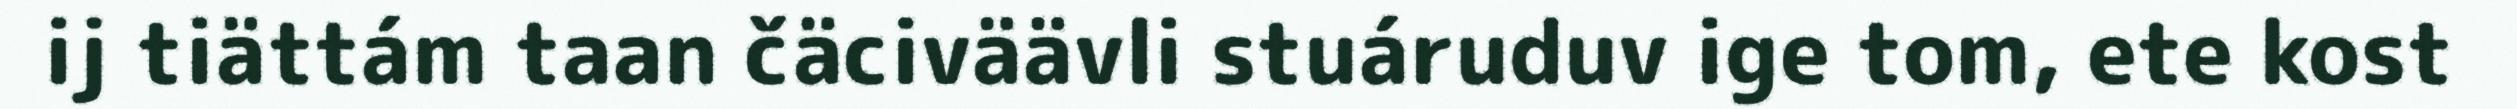
ij tiättám taan čäciväävli stuáruduv ige tom, ete kost